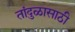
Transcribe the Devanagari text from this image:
तांदुळासाठी